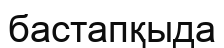
бастапқыда